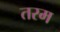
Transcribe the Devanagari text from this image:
तरम